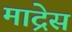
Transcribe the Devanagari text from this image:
माद्रेस